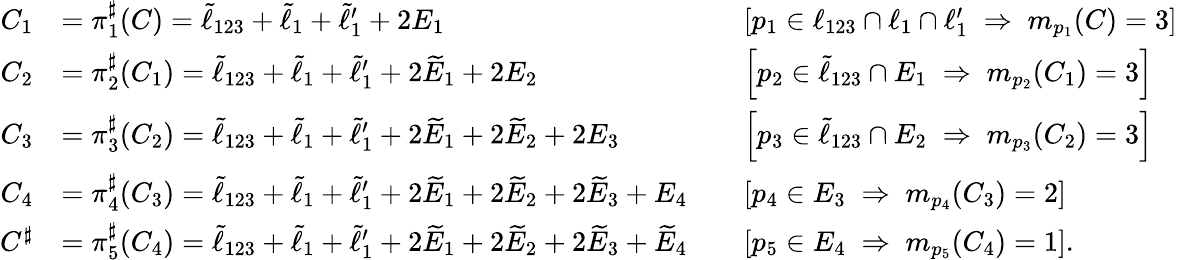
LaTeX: \begin{array}{rlrl}{C_{1}}&{=\pi_{1}^{\sharp}(C)=\widetilde{\ell}_{123}+\widetilde{\ell}_{1}+\widetilde{\ell}_{1}^{\prime}+2E_{1}}&&{\left[p_{1}\in\ell_{123}\cap\ell_{1}\cap\ell_{1}^{\prime}\; \Rightarrow\; m_{p_{1}}(C)=3\right]}\\ {C_{2}}&{=\pi_{2}^{\sharp}(C_{1})=\widetilde{\ell}_{123}+\widetilde{\ell}_{1}+\widetilde{\ell}_{1}^{\prime}+2\widetilde{E}_{1}+2E_{2}}&&{\left[p_{2}\in\widetilde{\ell}_{123}\cap E_{1}\; \Rightarrow\; m_{p_{2}}(C_{1})=3\right]}\\ {C_{3}}&{=\pi_{3}^{\sharp}(C_{2})=\widetilde{\ell}_{123}+\widetilde{\ell}_{1}+\widetilde{\ell}_{1}^{\prime}+2\widetilde{E}_{1}+2\widetilde{E}_{2}+2E_{3}}&&{\left[p_{3}\in\widetilde{\ell}_{123}\cap E_{2}\; \Rightarrow\; m_{p_{3}}(C_{2})=3\right]}\\ {C_{4}}&{=\pi_{4}^{\sharp}(C_{3})=\widetilde{\ell}_{123}+\widetilde{\ell}_{1}+\widetilde{\ell}_{1}^{\prime}+2\widetilde{E}_{1}+2\widetilde{E}_{2}+2\widetilde{E}_{3}+E_{4}}&&{\left[p_{4}\in E_{3}\; \Rightarrow\; m_{p_{4}}(C_{3})=2\right]}\\ {C^{\sharp}}&{=\pi_{5}^{\sharp}(C_{4})=\widetilde{\ell}_{123}+\widetilde{\ell}_{1}+\widetilde{\ell}_{1}^{\prime}+2\widetilde{E}_{1}+2\widetilde{E}_{2}+2\widetilde{E}_{3}+\widetilde{E}_{4}}&&{\left[p_{5}\in E_{4}\; \Rightarrow\; m_{p_{5}}(C_{4})=1\right].}\end{array}